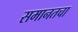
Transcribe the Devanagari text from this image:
समानतचा